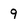
Character: 9